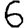
Digit: 6